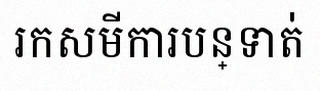
រកសមីការបន្ទាត់